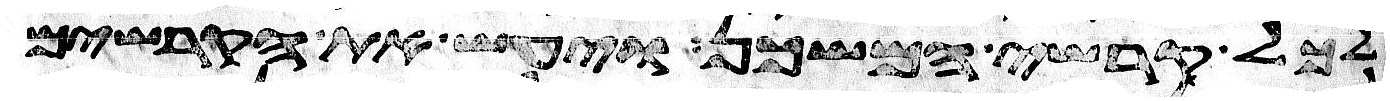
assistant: לכל קרשי המשכן ויעש את הקרשים